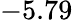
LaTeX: -5.79